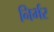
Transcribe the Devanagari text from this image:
निर्भर